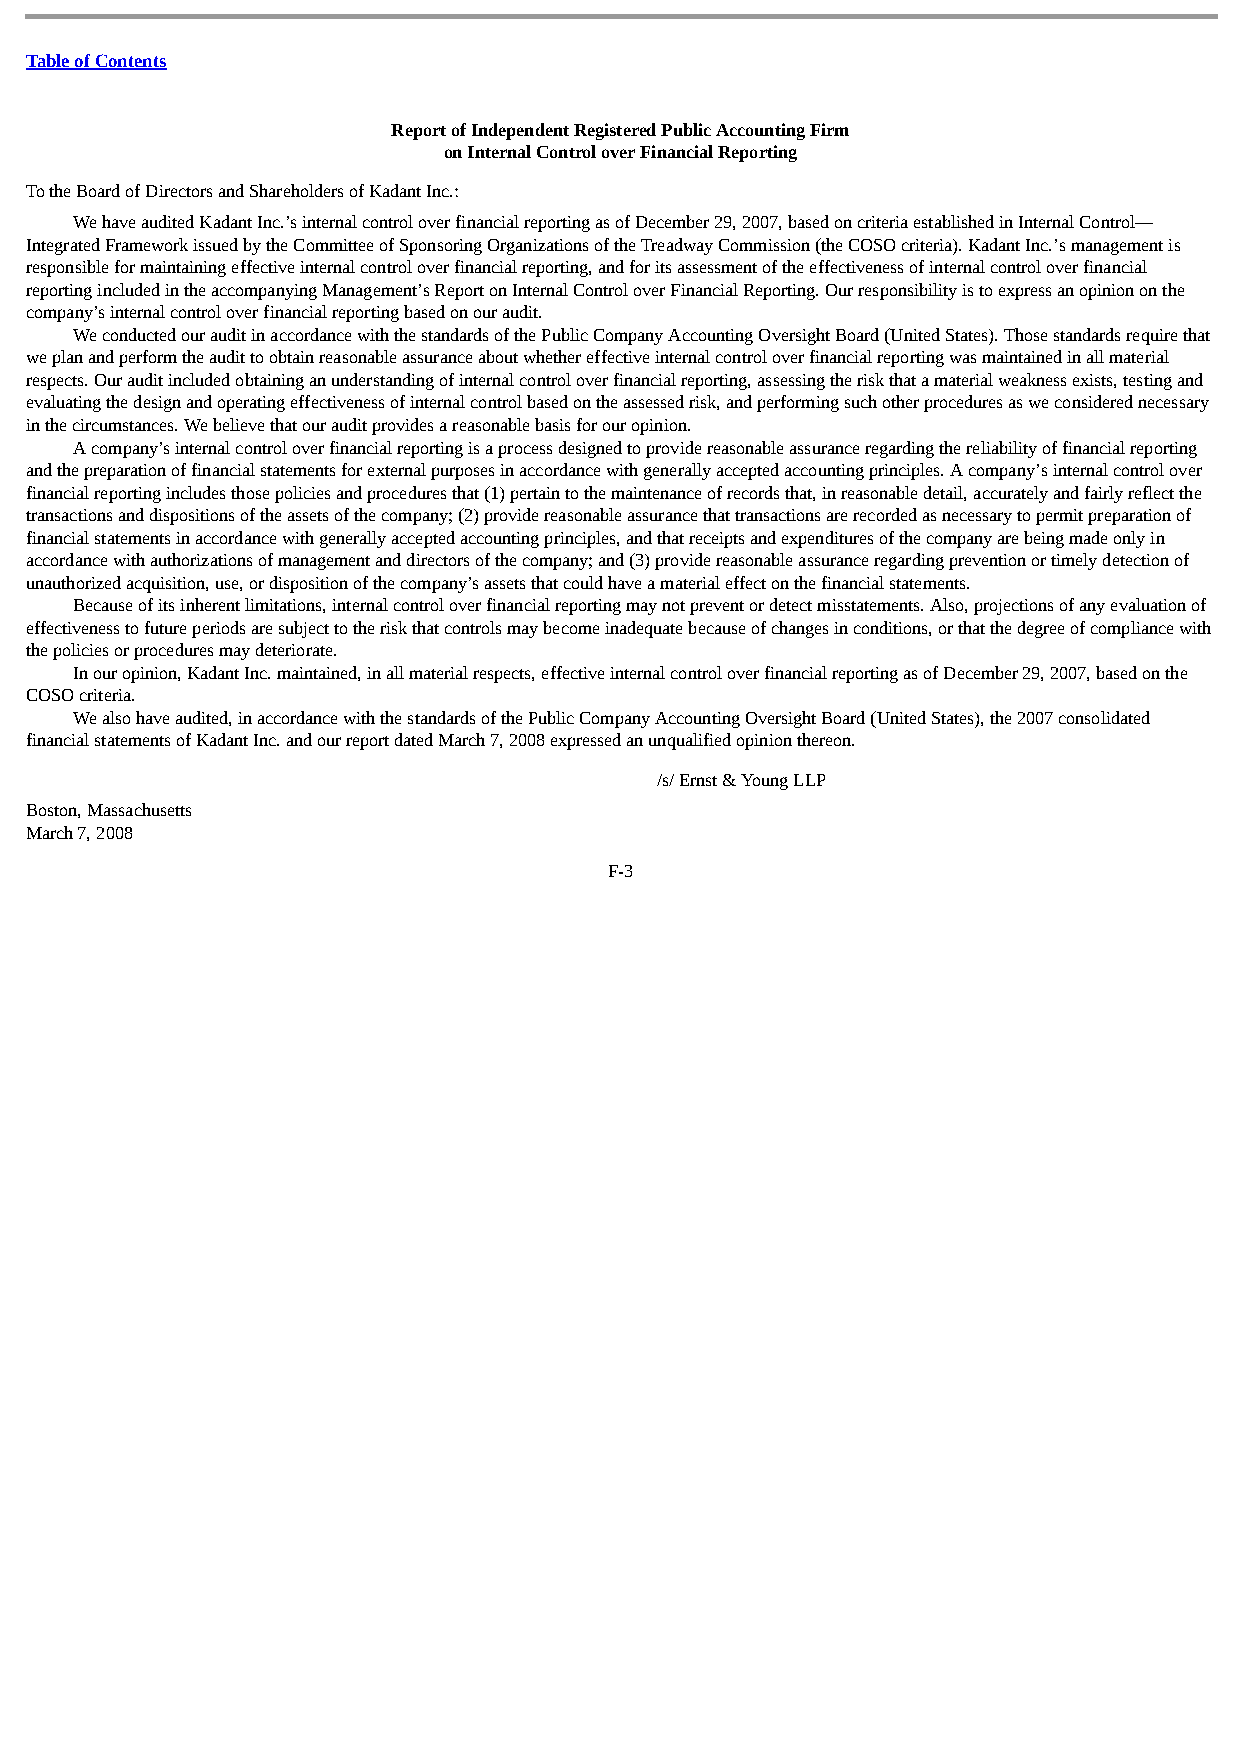
Table of Contents
 Report of Independent Registered Public Accounting Firm
 on Internal Control over Financial Reporting
 To the Board of Directors and Shareholders of Kadant Inc.:
 We have audited Kadant Inc.’s internal control over financial reporting as of December 29, 2007, based on criteria established in Internal Control—
 Integrated Framework issued by the Committee of Sponsoring Organizations of the Treadway Commission (the COSO criteria). Kadant Inc.’s management is
 responsible for maintaining effective internal control over financial reporting, and for its assessment of the effectiveness of internal control over financial
 reporting included in the accompanying Management’s Report on Internal Control over Financial Reporting. Our responsibility is to express an opinion on the
 company’s internal control over financial reporting based on our audit.
 We conducted our audit in accordance with the standards of the Public Company Accounting Oversight Board (United States). Those standards require that
 we plan and perform the audit to obtain reasonable assurance about whether effective internal control over financial reporting was maintained in all material
 respects. Our audit included obtaining an understanding of internal control over financial reporting, assessing the risk that a material weakness exists, testing and
 evaluating the design and operating effectiveness of internal control based on the assessed risk, and performing such other procedures as we considered necessary
 in the circumstances. We believe that our audit provides a reasonable basis for our opinion.
 A company’s internal control over financial reporting is a process designed to provide reasonable assurance regarding the reliability of financial reporting
 and the preparation of financial statements for external purposes in accordance with generally accepted accounting principles. A company’s internal control over
 financial reporting includes those policies and procedures that (1) pertain to the maintenance of records that, in reasonable detail, accurately and fairly reflect the
 transactions and dispositions of the assets of the company; (2) provide reasonable assurance that transactions are recorded as necessary to permit preparation of
 financial statements in accordance with generally accepted accounting principles, and that receipts and expenditures of the company are being made only in
 accordance with authorizations of management and directors of the company; and (3) provide reasonable assurance regarding prevention or timely detection of
 unauthorized acquisition, use, or disposition of the company’s assets that could have a material effect on the financial statements.
 Because of its inherent limitations, internal control over financial reporting may not prevent or detect misstatements. Also, projections of any evaluation of
 effectiveness to future periods are subject to the risk that controls may become inadequate because of changes in conditions, or that the degree of compliance with
 the policies or procedures may deteriorate.
 In our opinion, Kadant Inc. maintained, in all material respects, effective internal control over financial reporting as of December 29, 2007, based on the
 COSO criteria.
 We also have audited, in accordance with the standards of the Public Company Accounting Oversight Board (United States), the 2007 consolidated
 financial statements of Kadant Inc. and our report dated March 7, 2008 expressed an unqualified opinion thereon.
 /s/ Ernst & Young LLP
 Boston, Massachusetts
 March 7, 2008
 F-3